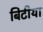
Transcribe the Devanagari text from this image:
बिटीया